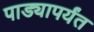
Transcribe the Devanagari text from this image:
पाड्यापर्यंत